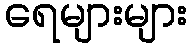
ရေများများ